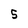
Character: 5